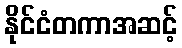
နိုင်ငံတကာအဆင့်